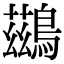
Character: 鷀